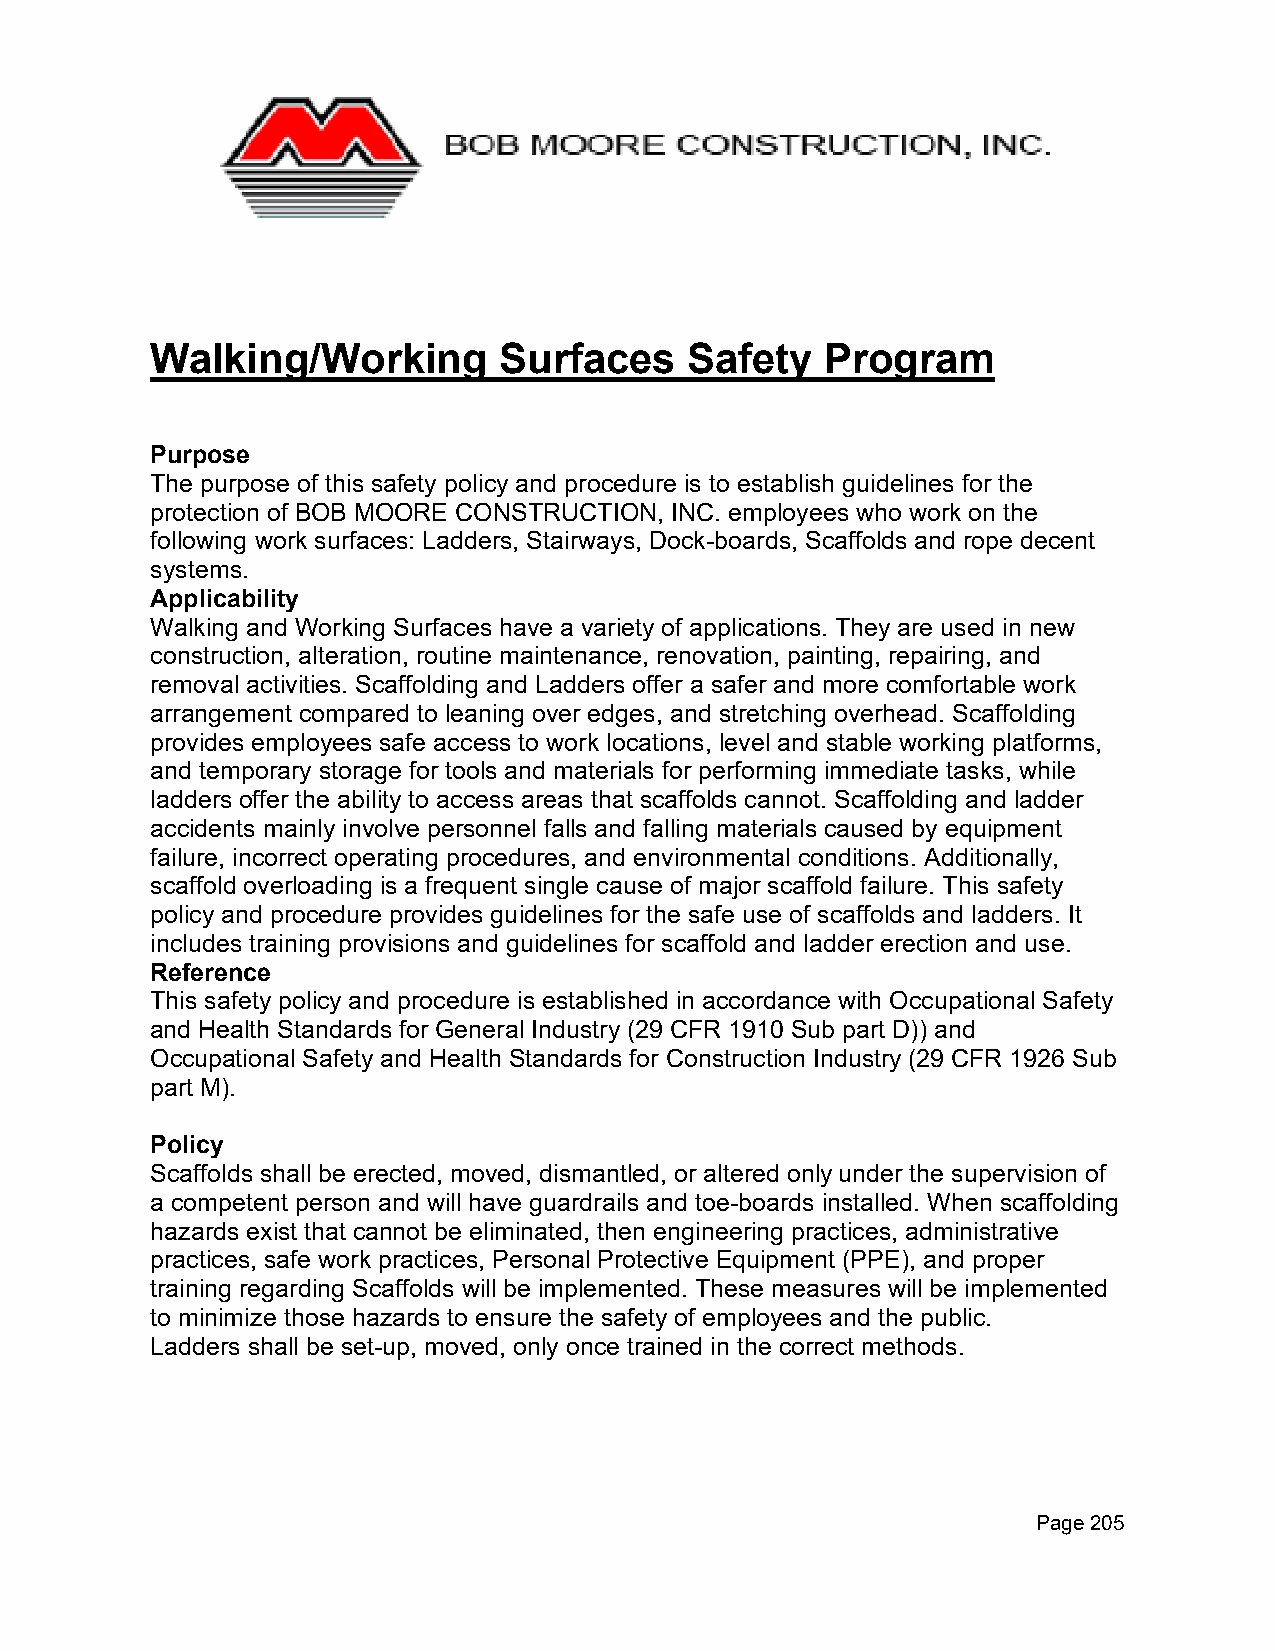
Walking/Working        Surfaces    Safety    Program
 Purpose
 The purpose of this safety policy and procedure is to establish guidelines for the
 protection of BOB MOORE CONSTRUCTION, INC. employees who work on the
 following work surfaces: Ladders, Stairways, Dock-boards, Scaffolds and rope decent
 systems.
 Applicability
 Walking and Working Surfaces have a variety of applications. They are used in new
 construction, alteration, routine maintenance, renovation, painting, repairing, and
 removal activities. Scaffolding and Ladders offer a safer and more comfortable work
 arrangement compared to leaning over edges, and stretching overhead. Scaffolding
 provides employees safe access to work locations, level and stable working platforms,
 and temporary storage for tools and materials for performing immediate tasks, while
 ladders offer the ability to access areas that scaffolds cannot. Scaffolding and ladder
 accidents mainly involve personnel falls and falling materials caused by equipment
 failure, incorrect operating procedures, and environmental conditions. Additionally,
 scaffold overloading is a frequent single cause of major scaffold failure. This safety
 policy and procedure provides guidelines for the safe use of scaffolds and ladders. It
 includes training provisions and guidelines for scaffold and ladder erection and use.
 Reference
 This safety policy and procedure is established in accordance with Occupational Safety
 and Health Standards for General Industry (29 CFR 1910 Sub part D)) and
 Occupational Safety and Health Standards for Construction Industry (29 CFR 1926 Sub
 part M).
 Policy
 Scaffolds shall be erected, moved, dismantled, or altered only under the supervision of
 a competent person and will have guardrails and toe-boards installed. When scaffolding
 hazards exist that cannot be eliminated, then engineering practices, administrative
 practices, safe work practices, Personal Protective Equipment (PPE), and proper
 training regarding Scaffolds will be implemented. These measures will be implemented
 to minimize those hazards to ensure the safety of employees and the public.
 Ladders shall be set-up, moved, only once trained in the correct methods.
 Page 205